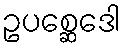
ဥပစ္ဆေဒေါ